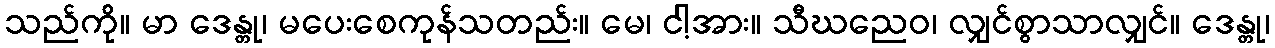
သည်ကို။ မာ ဒေန္တု၊ မပေးစေကုန်သတည်း။ မေ၊ ငါ့အား။ သီဃညေဝ၊ လျှင်စွာသာလျှင်။ ဒေန္တု၊